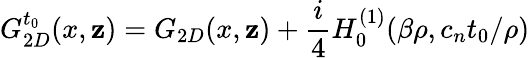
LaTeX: G_{2D}^{t_{0}}(x,\mathbf{z})=G_{2D}(x,\mathbf{z})+\frac{{i}}{{4}}H_{0}^{(1)}(\beta\rho,c_{n}t_{0}/\rho)